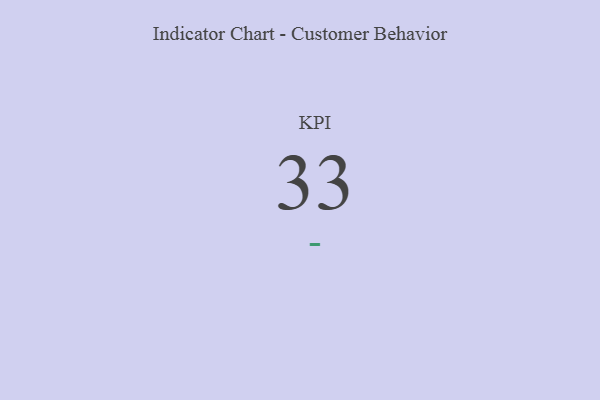
{"axis": {"x": "KPI", "y": "Value"}, "legend": [""], "data": [{"x": "KPI", "y": 33, "type": ""}]}